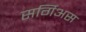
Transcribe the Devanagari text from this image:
सर्गिअस